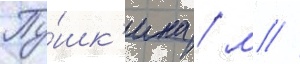
Пу́шк'ина / м //